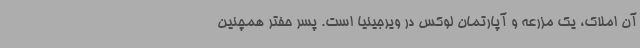
آن املاک، یک مزرعه و آپارتمان لوکس در ویرجینیا است. پسر حفتر همچنین